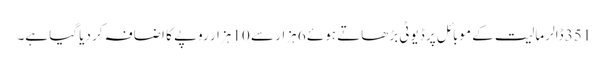
351 ڈالر مالیت کے موبائل پر ڈیوٹی بڑھاتے ہوئے 6 ہزار سے 10 ہزار روپے کا اضافہ کر دیا گیا ہے۔